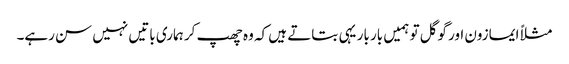
مثلاً ایمازون اور گوگل تو ہمیں بار بار یہی بتاتے ہیں کہ وہ چھپ کر ہماری باتیں نہیں سن رہے۔